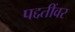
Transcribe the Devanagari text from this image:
पद्दतींवर